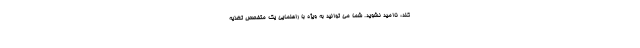
کند، ناامید نشوید. شما می توانید به ویژه با راهنمایی یک متخصص تغذیه